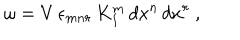
LaTeX: \omega = V \, \epsilon _ { m n r } \, K _ { I } ^ { m } \, d x ^ { n } \, d x ^ { r } \ ,